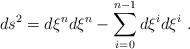
LaTeX: \begin{align*}ds^2=d\xi^n d\xi^n- \sum_{i=0}^{n-1}d\xi^id\xi^i~.\end{align*}